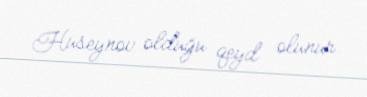
Hüseynov olduğu qeyd olunur.